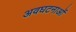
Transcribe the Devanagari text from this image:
अवघटनाओं